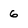
Character: 6